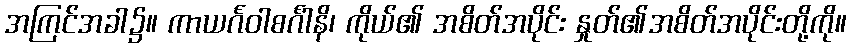
အကြင်အခါ၌။ ကာယင်္ဂဝါစင်္ဂါနိ၊ ကိုယ်၏ အစိတ်အပိုင်း နှုတ်၏အစိတ်အပိုင်းတို့ကို။